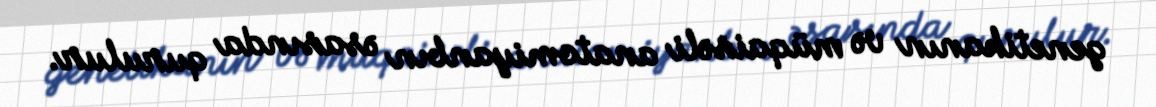
genetikanın və müqaisəli anatomiyanbın əsasında qurulur.